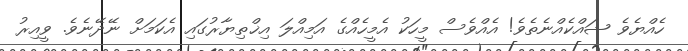
ހެއްޔެވެ ޝައްކެއްނެތެވެ! އެއްވެސް މީހަކު އެމީހެއްގެ އަމިއްލަ އިޚްތިޔާރުގައި އެކަމަށް ނޭދޭނެވެ. ވީއިރު